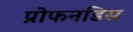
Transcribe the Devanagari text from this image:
प्रोफनडिस